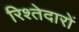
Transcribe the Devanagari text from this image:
रिश्‍तेदारों